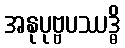
အနုပုဗ္ဗပဿဒ္ဓိ